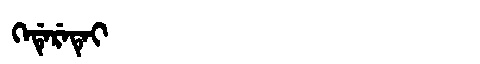
Manchu: ᡴᡝᡩᡝᡵᡝᡨᡝᡳ
Romanization: KEDERETEI